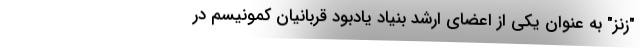
"زنز" به عنوان یکی از اعضای ارشد بنیاد یادبود قربانیان کمونیسم در